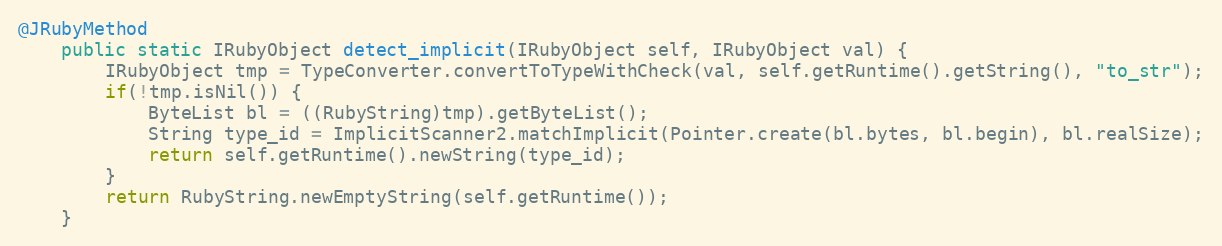
Language: Java
@JRubyMethod
    public static IRubyObject detect_implicit(IRubyObject self, IRubyObject val) {
        IRubyObject tmp = TypeConverter.convertToTypeWithCheck(val, self.getRuntime().getString(), "to_str");
        if(!tmp.isNil()) {
            ByteList bl = ((RubyString)tmp).getByteList();
            String type_id = ImplicitScanner2.matchImplicit(Pointer.create(bl.bytes, bl.begin), bl.realSize);
            return self.getRuntime().newString(type_id);
        }
        return RubyString.newEmptyString(self.getRuntime());
    }